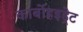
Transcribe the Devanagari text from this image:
कार्बोहइड्रेट